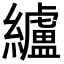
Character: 纑